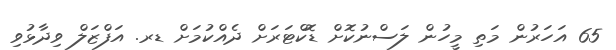
65 އަހަރުން މަތި މީހުން ލަސްނުކޮށް ޑޮކްޓަރަށް ދެއްކުމަށް ޑރ. އަފްޒަލް ވިދާޅުވި